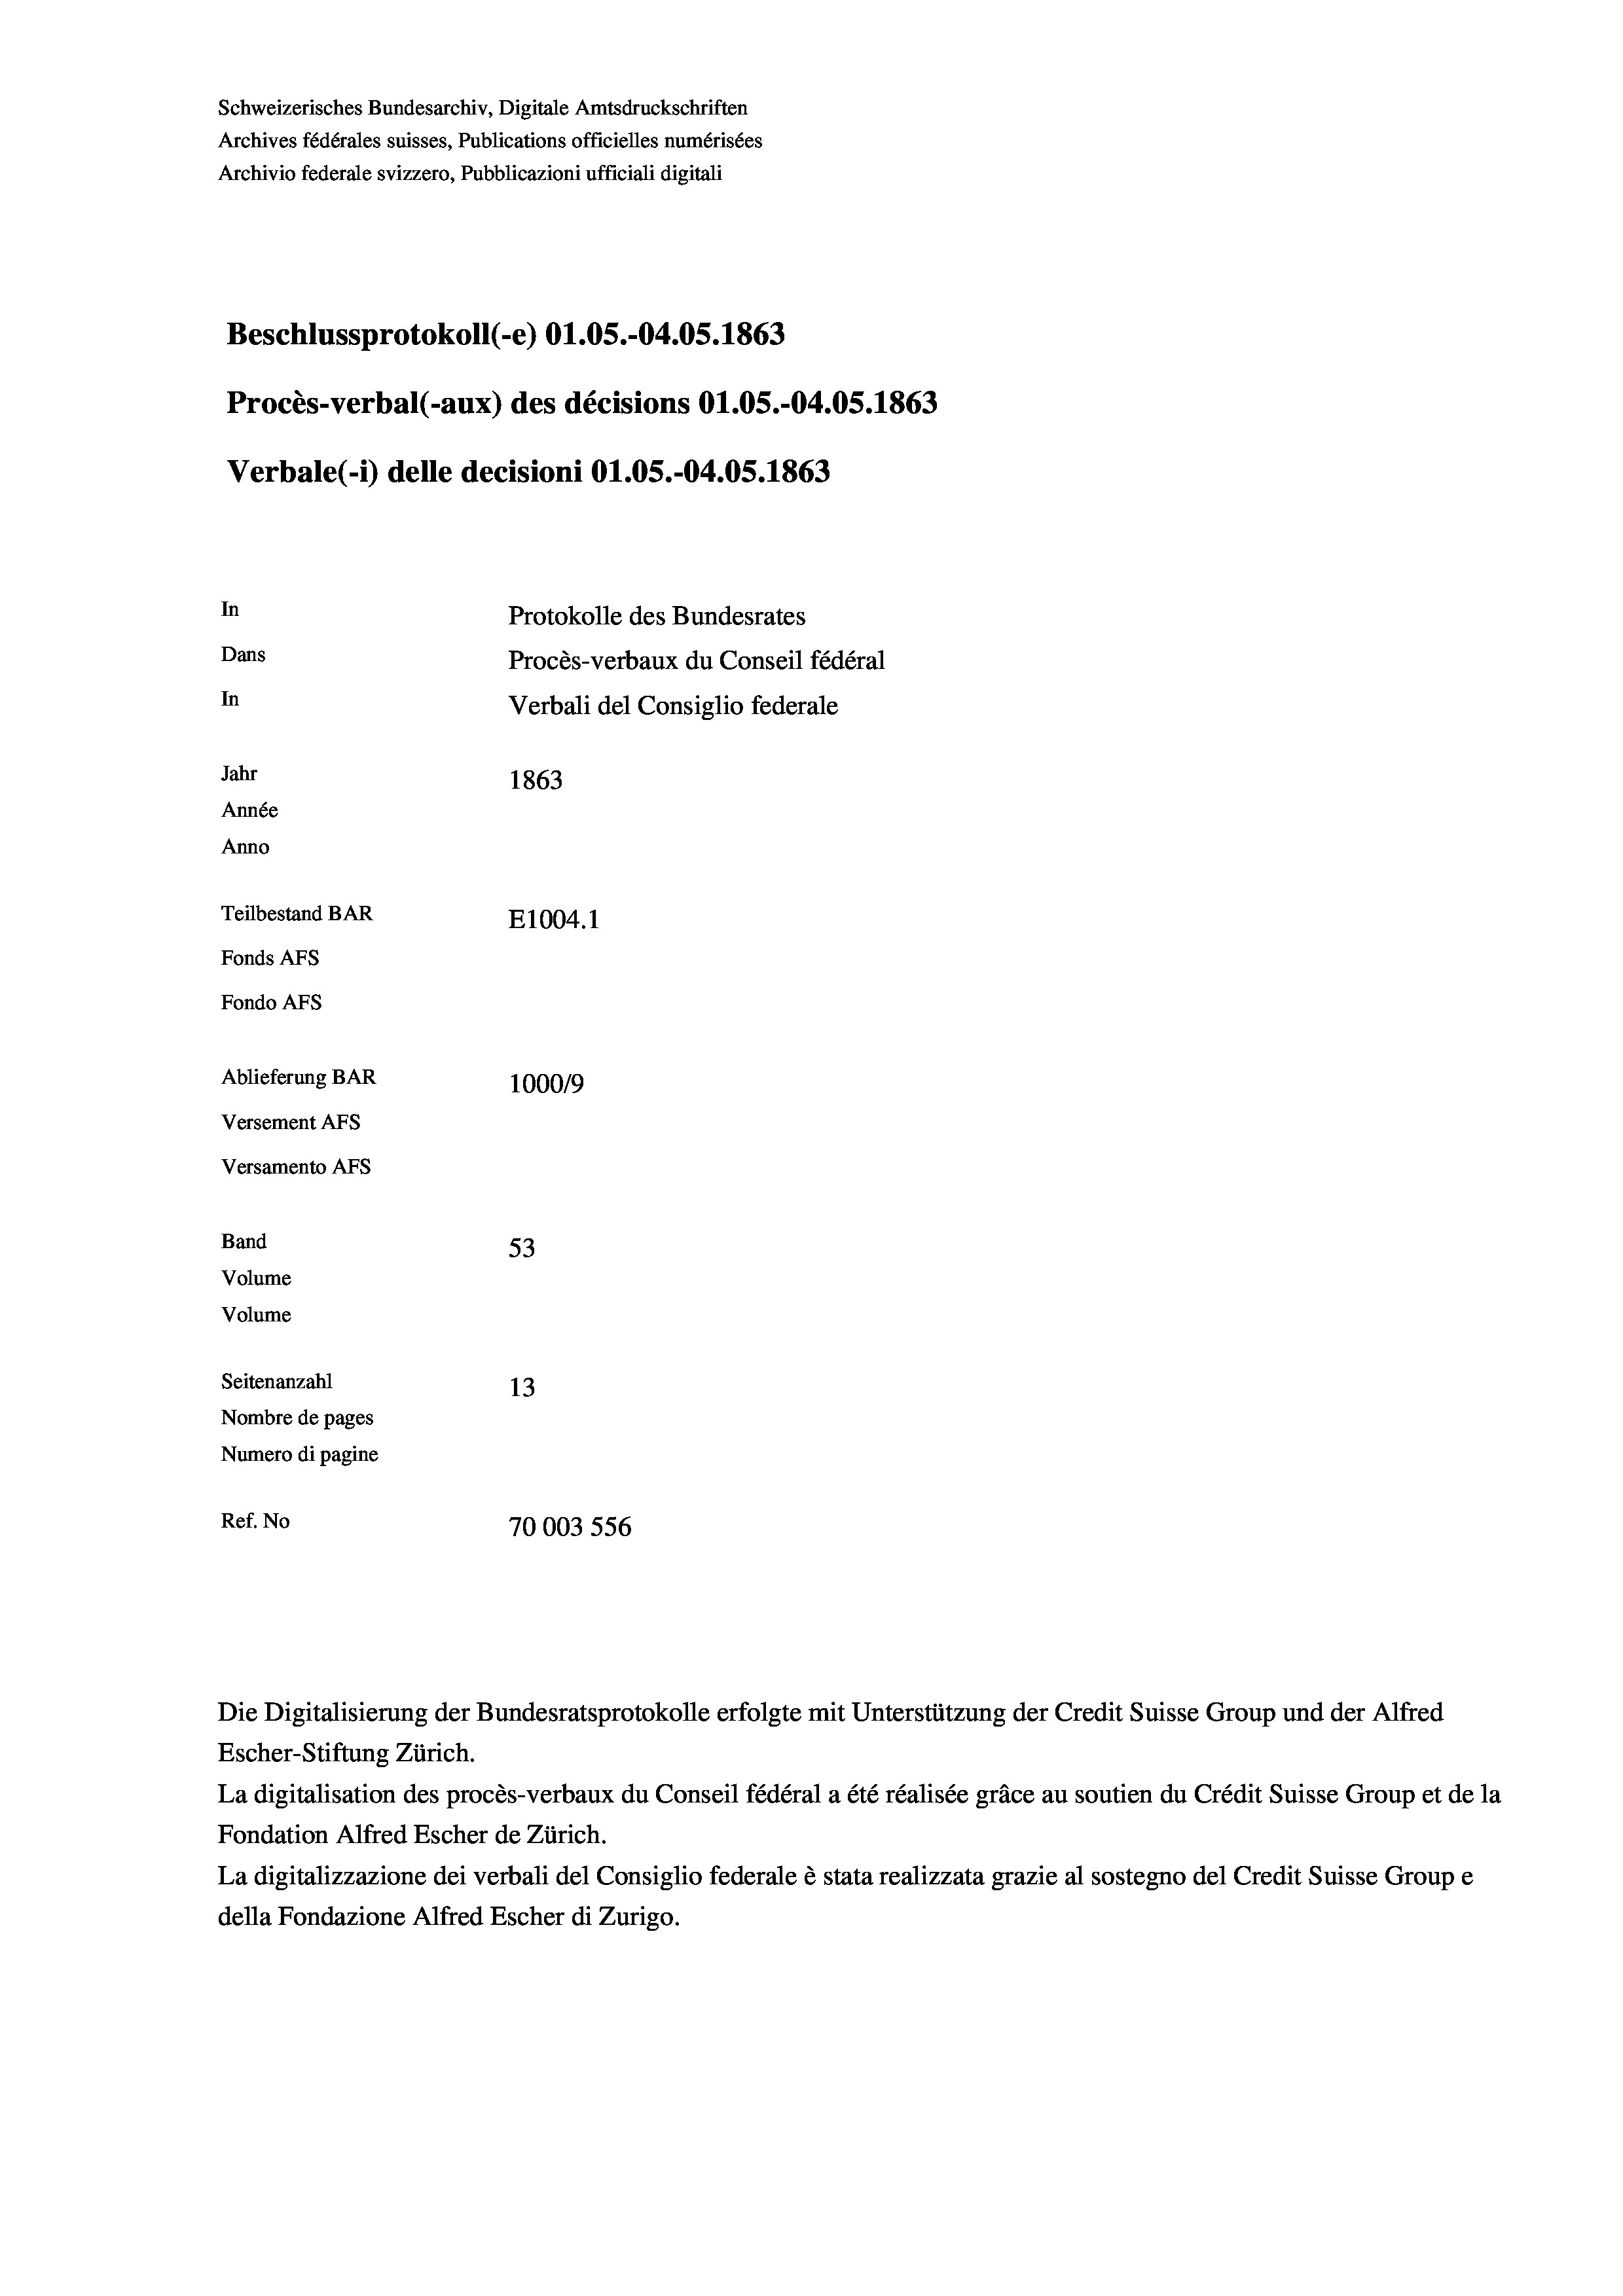
Schweizerisches Bundesarchiv, Digitale Amtsdruckschriften
Archives fédérales suisses, Publications officielles numérisées
Archivio federale svizzero, Pubblicazioni ufficiali digitali
Beschlussprotokoll (-e) O1.05.-04.05. 1863
Procès-verbal (-aux) des décisions O1.05.-04.05. 1863
Verbale(-*) delle decisioni O1.05.-04.05. 1863
In
Protokolle des Bundesrates
Dans
Procès-verbaux du Conseil fédéral
In
Verbali del Consiglio federale
Jahr
1863
Année
Anno
Teilbestand BAR
E1004. 1
Fonds AFs
Fondo AFS
Ablieferung BAR
100019
Versement AFs
Versamento AFs
Band
53
Volume
Volume
Seitenanzahl
13
Nombre de pages
Numero di pagine
Ref. No
70003 556

La digitalisation des procès-verbaux du Conseil fédéral a été réalisée gräce au soutien du Crédit Suisse Group et de la
Fondation Alfred Escher de Zürich.
La digitalizzazione dei verbali del Consiglio federale è stata realizzata grazie al sostegno del Credit Suisse Groupe
della Fondazione Alfred Escher di Zurigo.

Die Digitalisierung der Bundesratsprotokolle erfolgte mit Unterstützung der Credit Suisse Group und der Alfred
Escher-Stiftung Zürich.